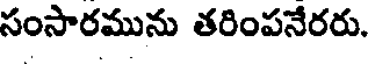
సంసారమును తరింపనేరరు.